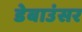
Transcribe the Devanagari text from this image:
डेबाउंसर